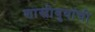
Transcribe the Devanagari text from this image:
शास्त्रीबुवांची